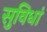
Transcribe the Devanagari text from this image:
सुविधां